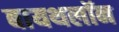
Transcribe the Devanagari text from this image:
बायथलॉन